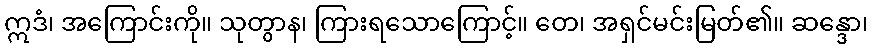
ဣဒံ၊ အကြောင်းကို။ သုတွာန၊ ကြားရသောကြောင့်။ တေ၊ အရှင်မင်းမြတ်၏။ ဆန္ဒော၊